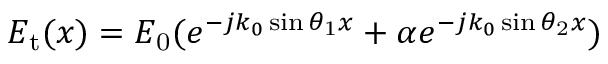
E _ { \mathrm { t } } ( x ) = E _ { \mathrm { 0 } } ( e ^ { - j k _ { 0 } \sin \theta _ { \mathrm { 1 } } x } + \alpha e ^ { - j k _ { 0 } \sin \theta _ { \mathrm { 2 } } x } )